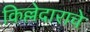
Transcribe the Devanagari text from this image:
किल्लेदाराचे